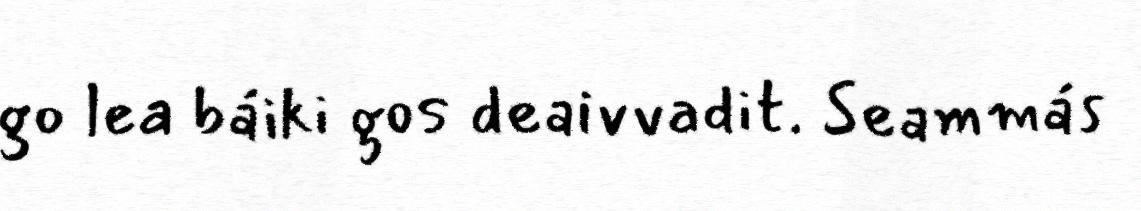
go lea báiki gos deaivvadit. Seammás